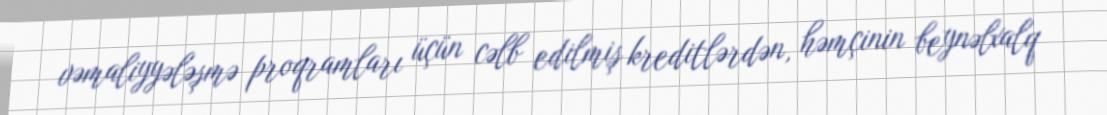
vəmaliyyələşmə proqramları üçün cəlb edilmiş kreditlərdən, həmçinin beynəlxalq